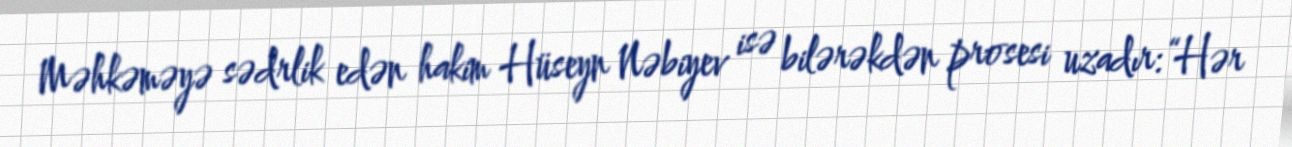
Məhkəməyə sədrlik edən hakim Hüseyn Nəbiyev isə bilərəkdən prosesi uzadır: “Hər